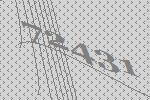
72431